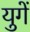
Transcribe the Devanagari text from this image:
युगें